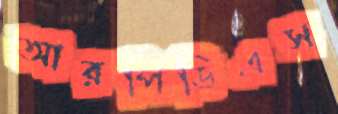
আরপিডিএস